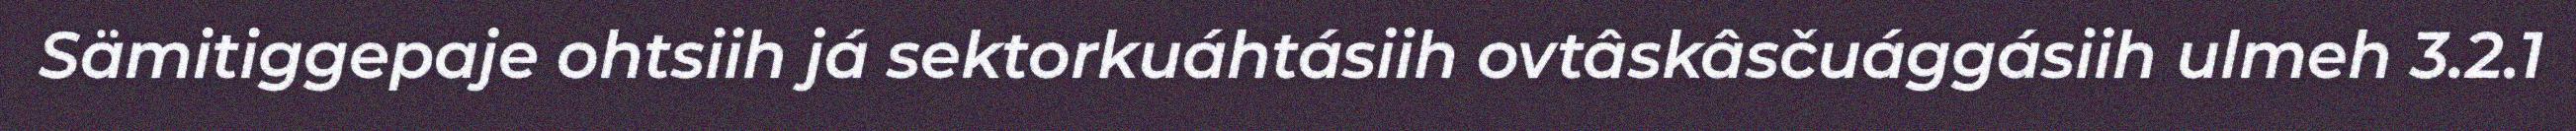
Sämitiggepaje ohtsiih já sektorkuáhtásiih ovtâskâsčuággásiih ulmeh 3.2.1